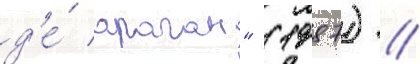
д'е́ араган" (1987) //